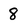
Character: 8